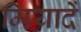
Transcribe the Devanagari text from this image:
मियादें